Report on the lunatic asylums under the Government of Bombay - 1904-1913
Year: 1904
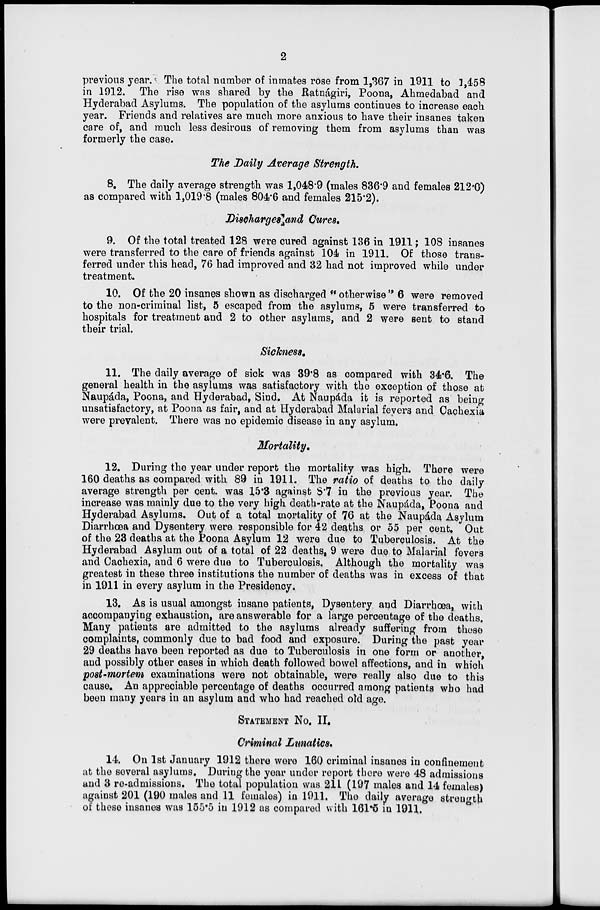
2
previous year. The total number of inmates rose from 1,367 in 1911 to 1,458
in 1912. The rise was shared by the Ratnágiri, Poona, Ahmedabad and
Hyderabad Asylums. The population of the asylums continues to increase each
year. Friends and relatives are much more anxious to have their insanes taken
care of, and much less desirous of removing them from asylums than was
formerly the case.
The Daily Average Strength.
8. The daily average strength was 1,048.9 (males 836.9 and females 212.0)
as compared with 1,019.8 (males 804.6 and females 215.2).
Discharges and Cures.
9. Of the total treated 128 were cured against 136 in 1911; 108 insanes
were transferred to the care of friends against 104 in 1911. Of those trans-
ferred under this head, 76 had improved and 32 had not improved while under
treatment.
10. Of the 20 insanes shown as discharged "otherwise" 6 were removed
to the non-criminal list, 5 escaped from the asylums, 5 were transferred to
hospitals for treatment and 2 to other asylums, and 2 were sent to stand
their trial.
Sickness.
11. The daily average of sick was 39.8 as compared with 34.6. The
general health in the asylums was satisfactory with the exception of those at
Naupáda, Poona, and Hyderabad, Sind. At Naupáda it is reported as being
unsatisfactory, at Poona as fair, and at Hyderabad Malarial fevers and Cachexia
were prevalent. There was no epidemic disease in any asylum.
Mortality.
12. During the year under report the mortality was high. There were
160 deaths as compared with 89 in 1911. The ratio of deaths to the daily
average strength per cent. was 15.3 against 8.7 in the previous year. The
increase was mainly due to the very high death-rate at the Naupáda, Poona and
Hyderabad Asylums. Out of a total mortality of 76 at the Naupáda Asylum
Diarrhœa and Dysentery were responsible for 42 deaths or 55 per cent. Out
of the 23 deaths at the Poona Asylum 12 were due to Tuberculosis. At the
Hyderabad Asylum out of a total of 22 deaths, 9 were due to Malarial fevers
and Cachexia, and 6 were due to Tuberculosis, Although the mortality was
greatest in these three institutions the number of deaths was in excess of that
in 1911 in every asylum in the Presidency.
13. As is usual amongst insane patients, Dysentery and Diarrhœa, with
accompanying exhaustion, are answerable for a large percentage of the deaths.
Many patients are admitted to the asylums already suffering from these
complaints, commonly due to bad food and exposure. During the past year
29 deaths have been reported as due to Tuberculosis in one form or another,
and possibly other cases in which death followed bowel affections, and in which
post-mortem examinations were not obtainable, were really also due to this
cause. An appreciable percentage of deaths occurred among patients who had
been many years in an asylum and who had reached old age.
STATEMENT NO. II.
Criminal Lunatics.
14. On 1st January 1912 there were 160 criminal insanes in confinement
at the several asylums. During the year under report there were 48 admissions
and 3 re-admissions. The total population was 211 (197 males and 14 females)
against 201 (190 males and 11 females) in 1911. The daily average strength
of these insanes was 155.5 in 1912 as compared with 161.5 in 1911.